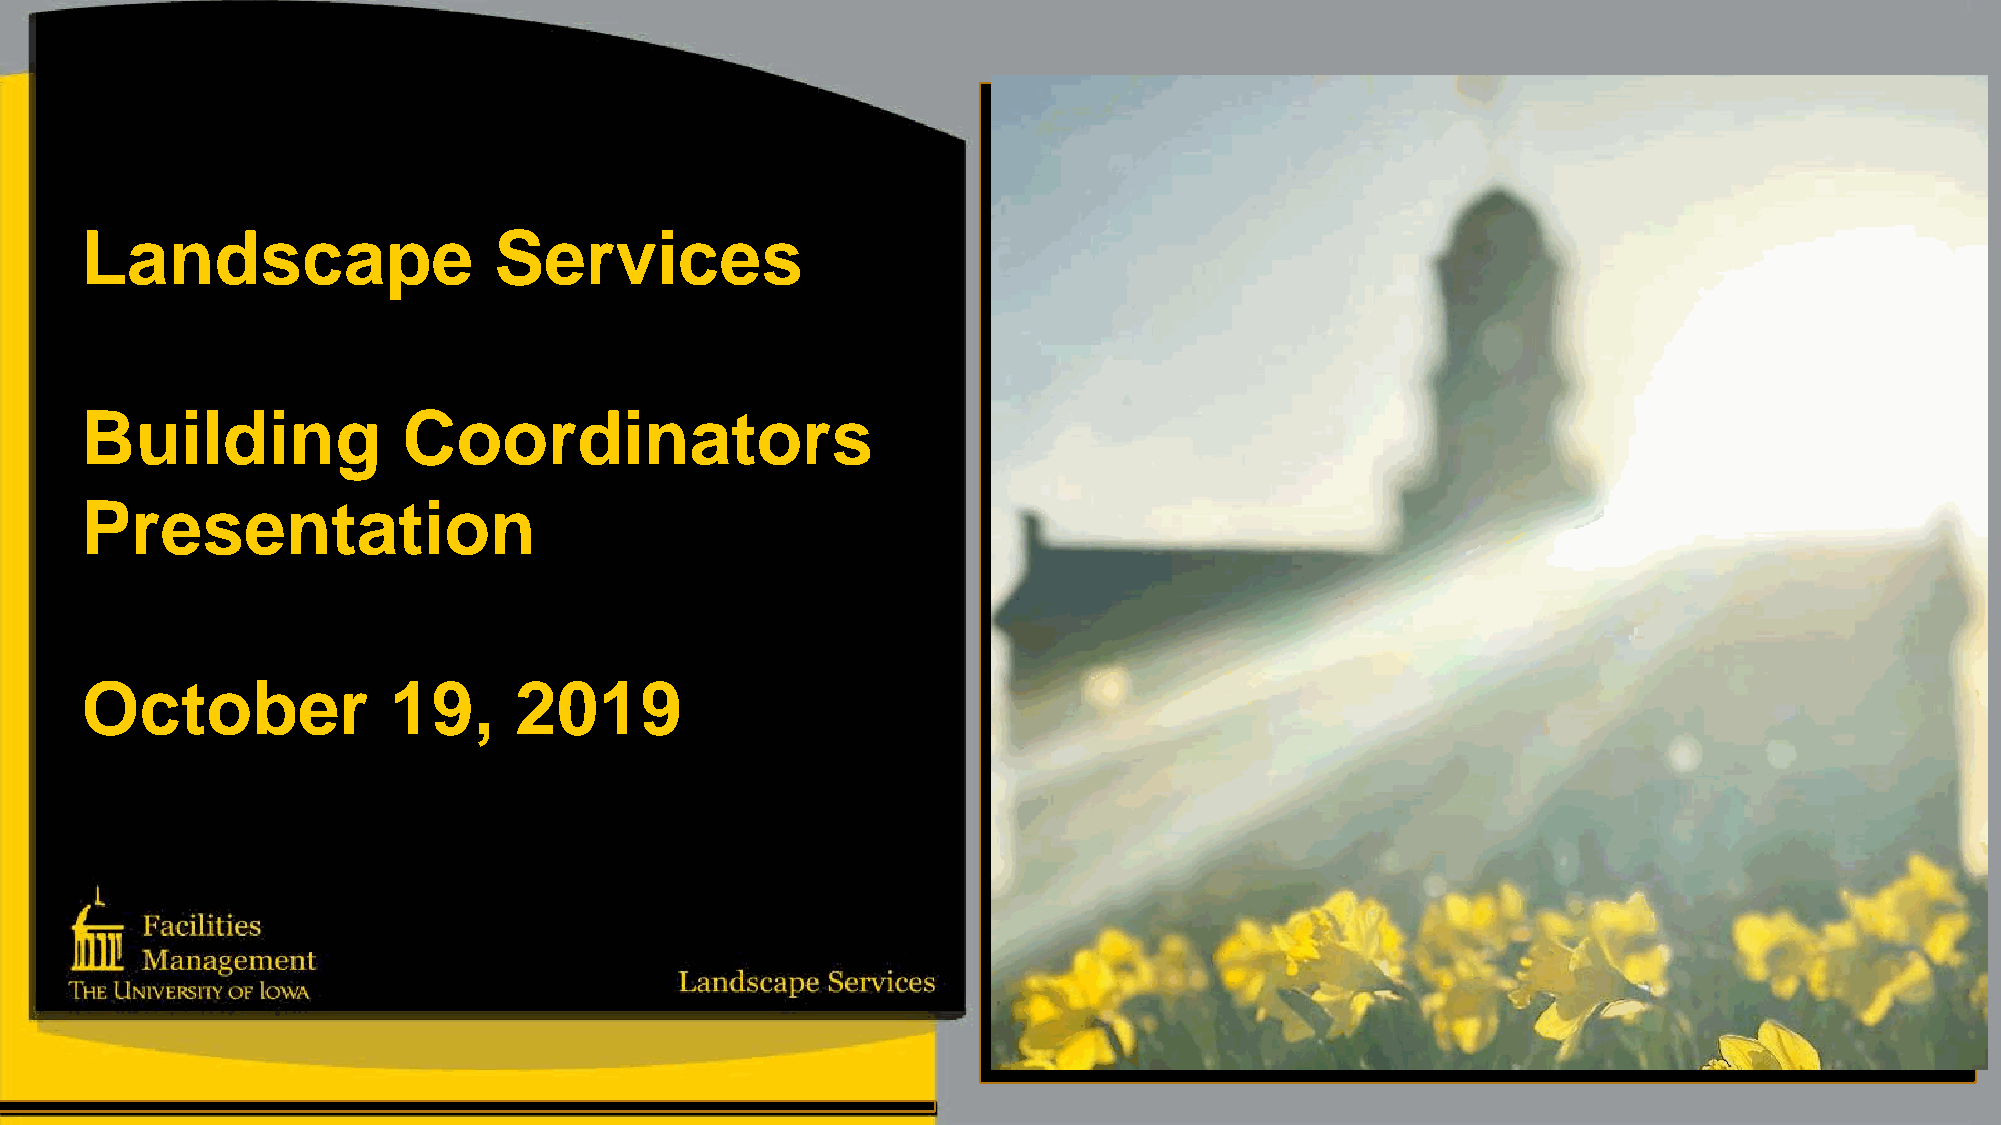
Landscape                   Services
 Building              Coordinators
 Presentation
 October              19,     2019